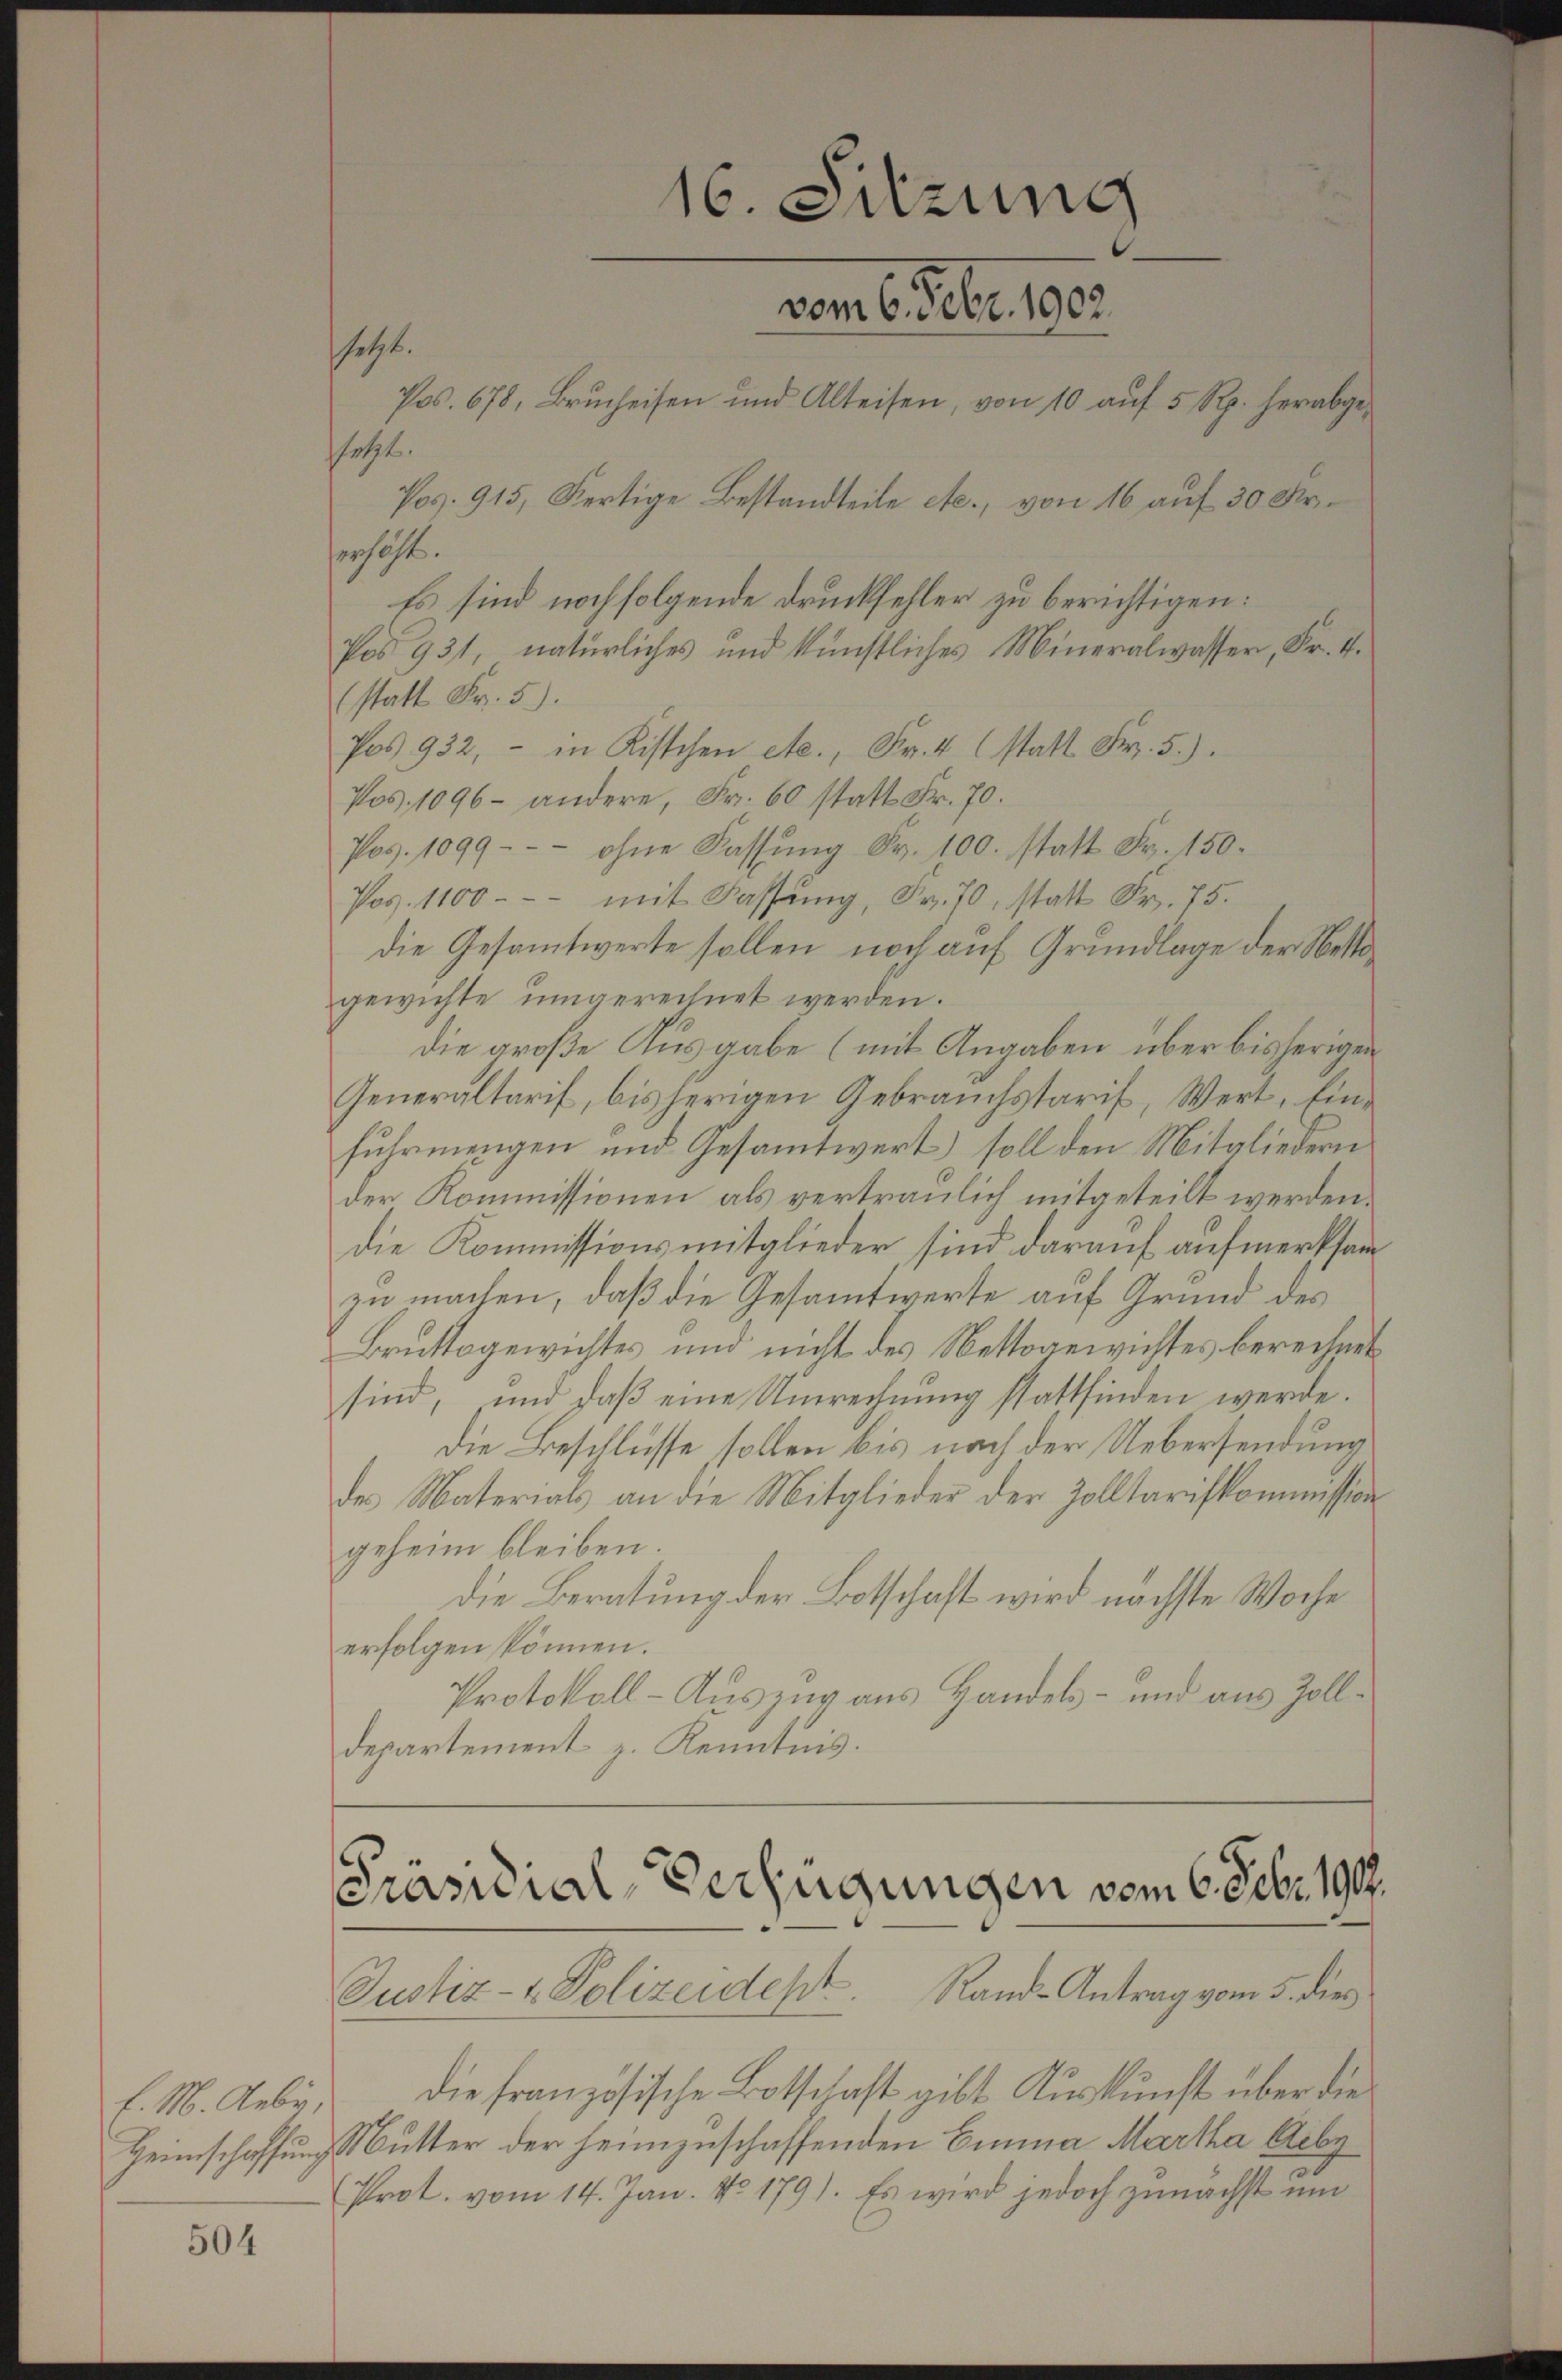
E. M. Gebr.

504

setzt.

setzt.
serhöht.
(statt Fr. 5).
Pos 932.- in Kistchen etc., Fr. 4 statt Fr. 5.).
Pos. 1096 - andere, Fr. 60 statt Fr. 70.
Pos. 1099--- ohne Fassŭng Fr. 100. statt Fr. 150.
Pos. 1100 - - - mit Fassung, Fr. 70, statt Fr. 75.
die Gesamtwerte sollen noch auf Grundlage der Nettogewichte umgerechnet werden.
die große Ausgabe (mit Angaben über bisherigen
Generaltarif, bisherigen Gebrauchstaris, Wert, Einfuhrmengen und Gesammtwert soll den Mitgliedern
der Kommissionen als vertraulich mitgeteilt werden.
die Kommissionsmitglieder sind darauf aufmerksamzu machen, daß die Gesammtwerte auf Grund des
Bruttogewichtes und nicht des Nettogerichtes berechnet
sind, und daß eine Unrechnung stattfinden werde.
die Beschlüsse sollen bis nach der Uebersendung
des Materials an die Mitglieder der Zolltarifkommission
geheim bleiben.
die Beratung der Botschaft wird nächste Woche
erfolgen können.
Protokoll - Auszug aus Handels- und aus Zolldepartement z. Kenntnis.

16. Sitzung
vom 6. Febr 1890.
Pos. 678, Brucheisen und Alteisen, von 10 auf 5 Rp. herabge¬
Pos. 915, Fertige Bestandteile etc., von 16 auf 30 Kr.

Es sind noch folgende Druckfehler zu berichtigen:
Pos 931, natürliches und künstliches Mineralwasser, Fr. 4.

Präsidial-Verfügungen vom 6. Febr. 1919.
Justiz- & Polizeidept. Rand-Antrag vom 5. dies

die französische Botschaft gibt Auskunft über die
Heimschaffung Mutter der heimzuschaffenden Einna Martha Aiby
Prot. vom 14. Jan. No. 179). Es wird jedoch zunächst um